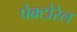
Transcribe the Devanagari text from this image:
पेक्टोरेल